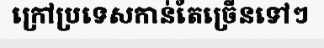
ក្រៅប្រទេសកាន់តែច្រើនទៅៗ